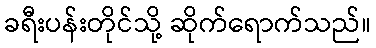
ခရီးပန်းတိုင်သို့ ဆိုက်ရောက်သည်။